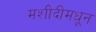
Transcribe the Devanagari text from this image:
मशीदीमधून